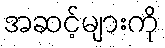
အဆင့်များကို